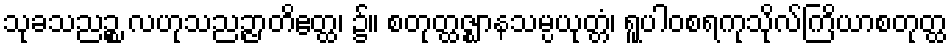
သုခသညဉ္စ လဟုသညဉ္ဇာတိဧတ္ထ၊ ၌။ စတုတ္ထဇ္ဈာနသမ္ပယုတ္တံ၊ ရူပါဝစရကုသိုလ်ကြိယာစတုတ္ထ